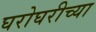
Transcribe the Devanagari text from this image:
घरोघरीच्या